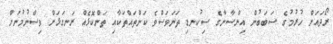
ރޯދައަށް ހުރުމުގެ ސަބަބުން އިންސާނާގެ ސިކުނޑި ތަނަވަސްވެ ކަންތައްތަކާއި ތަންކޮޅެއް ރަނގަޅަށް ވިސްނުމުނަށް